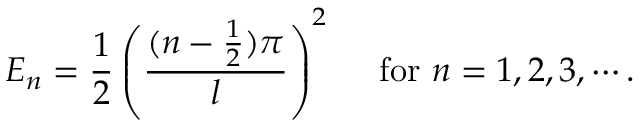
E _ { n } = \frac { 1 } { 2 } \left( \frac { ( n - \frac { 1 } { 2 } ) \pi } { l } \right) ^ { 2 } ~ ~ ~ ~ \mathrm { f o r } ~ n = 1 , 2 , 3 , \cdots .